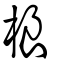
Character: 桹